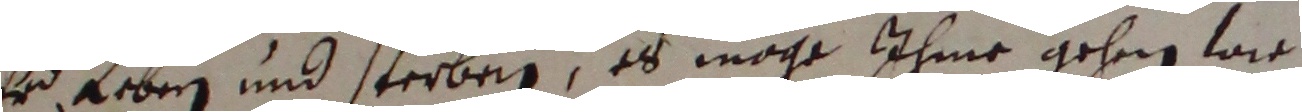
er leben und sterben, es möge ihme gehen wie